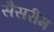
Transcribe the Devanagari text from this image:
सैसरीम